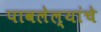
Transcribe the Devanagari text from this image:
पावलेल्यांचे